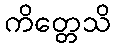
ကိတ္တေသိ